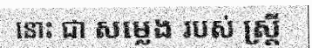
នោះ ជា សម្លេង របស់ ស្ត្រី